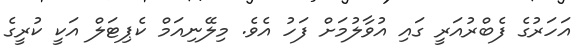
އަހަރުގެ ފެބްރުއަރީ ގައި އުވާލުމަށް ފަހު އެވެ. މިލޭނިއަމް ކެޕިޓަލް އަކީ ކުރީގެ